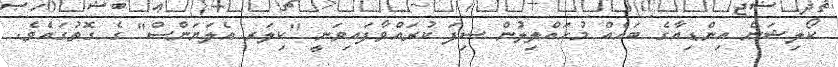
ކޯލިޝަން އިންޑިއާގެ ބައެއް މުހައްލިލުން ސިފަ ކުރައްވާފައިވަނީ "ކިލަރ އެލަޔަންސް" ގެ ގޮތުގައެވެ.